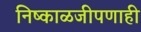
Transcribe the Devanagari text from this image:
निष्काळजीपणाही